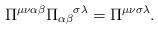
LaTeX: \begin{align*}\Pi^{\mu\nu\alpha\beta} {\Pi_{\alpha\beta}}^{\sigma\lambda} = \Pi^{\mu\nu\sigma\lambda}.\end{align*}